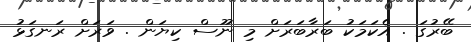
ބޭރުގަ . އެކަމަކު ބަރާބަރަށް މި ނޫސް ކިޔަން . ވަރަށް ރަނގަޅު